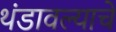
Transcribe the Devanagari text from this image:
थंडावल्याचे